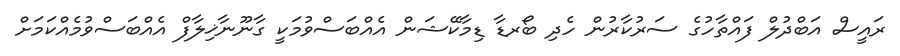
ރައީސް އަބްދުލް ފައްތާހުގެ ސަރުކާރުން ހެދި ބޯރޑާ ޑިމާކޭޝަން އެއްބަސްވުމަކީ ގާނޫނާޚިލާފް އެއްބަސްވުމެއްކަމަށް